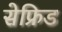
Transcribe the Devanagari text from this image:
सेफ्रिड